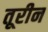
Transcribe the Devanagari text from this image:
तूरीन